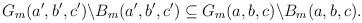
LaTeX: \begin{align*}\begin{aligned}G_{m}(a^{\prime},b^{\prime},c^{\prime})\backslash B_{m}(a^{\prime},b^{\prime},c^{\prime})\subseteq G_{m}(a,b,c)\backslash B_{m}(a,b,c).\end{aligned}\end{align*}